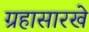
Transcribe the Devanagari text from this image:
ग्रहासारखे